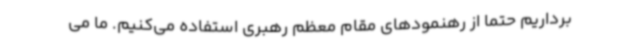
برداریم حتما از رهنمودهای مقام معظم رهبری استفاده می‌کنیم. ما می‌